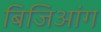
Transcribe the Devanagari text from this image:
बिजिआंग